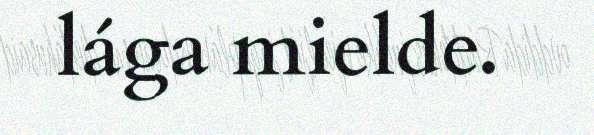
lága mielde.